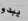
يبدو